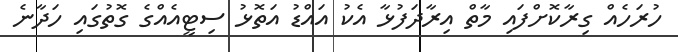
ހުރަހެއް ގިރާކޮށްފައި މާތް އިރާދަފުޅާ އެކު އައްޑު އަތޮޅު ސިޓީއެއްގެ ގޮތުގައި ހަދާނެ